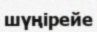
шүңірейе